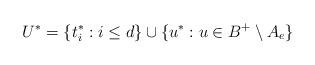
LaTeX: \begin{align*}U^*=\{t^*_i:i\le d\}\cup\{u^*:u\in B^+\setminus A_e\}\end{align*}